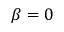
\beta = 0